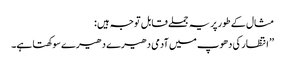
مثال کے طور پر یہ جملے قابل توجہ ہیں :
’’ انتظار کی دھوپ میں آدمی دھیرے دھیرے سوکھتا ہے۔